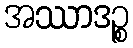
အဿာဒဉ္စ